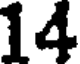
14